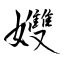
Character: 孇